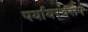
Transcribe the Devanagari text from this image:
पर्यायस्वरूप